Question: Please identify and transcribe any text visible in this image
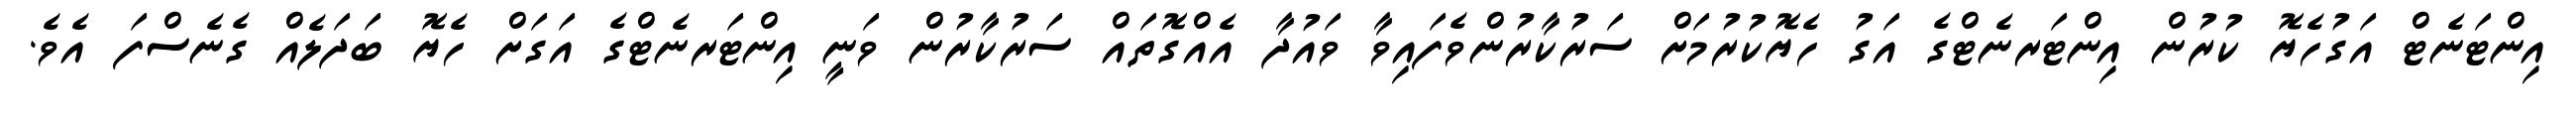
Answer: އިންޓަނެޓް އަގުހެޔޮ ކުރުން އިންޓަރނެޓްގެ އަގު ހެޔޮކުރުމަށް ސަރުކާރުންވެފައިވާ ވައުދާ އެއްގޮތައް ސަރުކާރުން ވަނީ އިންޓަރނެޓްގެ އަގަށް ހެޔޮ ބަދަލެއް ގެނެސްފަ އެވެ.